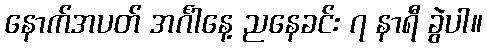
နောက်အပတ် အင်္ဂါနေ့ ညနေခင်း ၇ နာရီ ခွဲပါ။